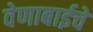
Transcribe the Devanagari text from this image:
वेणाबाईचे